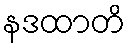
နဒထာတိ